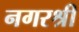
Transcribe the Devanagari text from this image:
नगरश्री